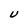
Character: U